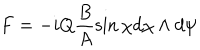
LaTeX: F = - i Q \frac { B } { A } \sin \chi d \chi \wedge d \psi